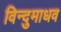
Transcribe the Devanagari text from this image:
विन्दुमाधव